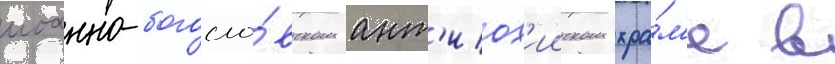
иоанно-богосло́вском ант'иох'ииском хра́м'е в